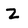
Character: Z